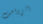
الزواحف